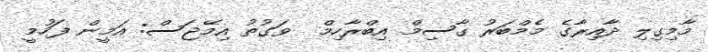
މާމިގިލި ދާއިރާގެ މެމްބަރު ގާސިމް އިބްރާހިމް  ވަގުތު އިމޭޖަސް: އަމީން ފަހުމީ